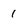
Character: 1